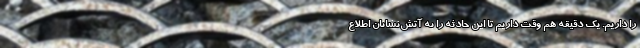
را داریم. یک دقیقه هم وقت داریم تا این حادثه را به آتش‌نشانان اطلاع